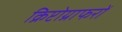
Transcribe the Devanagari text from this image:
क्रिप्टोग्राफरों